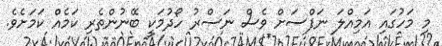
މި މަހުގައި އަމިއްލަ ނަފްސަށް ވެސް ނަސްރު ހޯދުމަކީ ބޭނުންތެރި ކަމެއް ކަމަށެވެ.